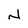
Character: N